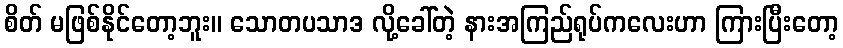
စိတ် မဖြစ်နိုင်တော့ဘူး။ သောတပသာဒ လို့ခေါ်တဲ့ နားအကြည်ရုပ်ကလေးဟာ ကြားပြီးတော့